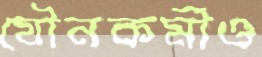
যৌনকর্মীও